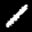
Label: 1